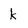
Character: k